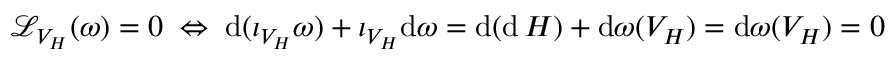
{ \mathcal { L } } _ { V _ { H } } ( \omega ) = 0 \; \Leftrightarrow \; \mathrm { d } ( \iota _ { V _ { H } } \omega ) + \iota _ { V _ { H } } \mathrm { d } \omega = \mathrm { d } ( \mathrm { d } \, H ) + \mathrm { d } \omega ( V _ { H } ) = \mathrm { d } \omega ( V _ { H } ) = 0